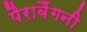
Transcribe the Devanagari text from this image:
पैराबैंगनी